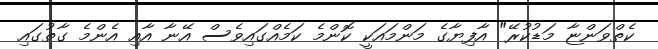
ކެތްވަންޏާ މަޑުކުރޭ" އާފިޔާގެ މަންމައަކީ ކޮންމެ ކަމެއްގައިވެސް އޭނާ އާއި އެންމެ ގާތުގައި